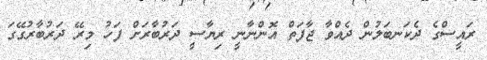
ރައީސްގެ ދެކަނބަލުން ދެއްވާ ޖާފަތް އޮންނާނީ ރިޔާސީ ދަރުބާރަށް ފަހު މިރޭ ދަރުބާރުގޭގަ